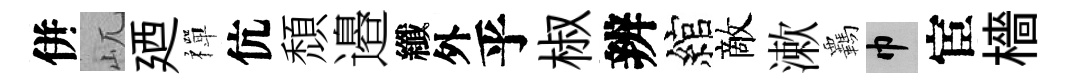
併屼廼禪伉頹邉纖外乎椒辨綰敵漱覊巾宦檣